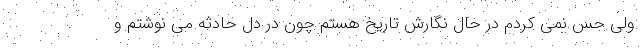
ولی حس نمی کردم در حال نگارش تاریخ هستم چون در دل حادثه می نوشتم و